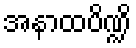
အနာထပိဏ္ဍိ